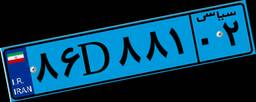
۸۶D۸۸۱۰۲